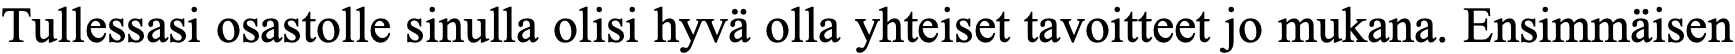
Tullessasi osastolle sinulla olisi hyvä olla yhteiset tavoitteet jo mukana. Ensimmäisen